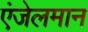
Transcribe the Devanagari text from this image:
एंजेलमान